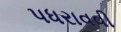
પધરાવવી